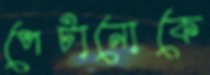
পেটানোকে